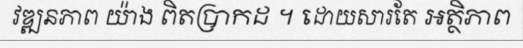
វឌ្ឍនភាព យ៉ាង ពិតប្រាកដ ។ ដោយសារតែ អត្ថិភាព